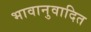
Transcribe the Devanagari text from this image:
भावानुवादित